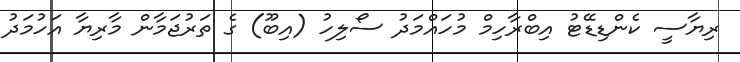
ރިޔާސީ ކެންޑިޑޭޓު އިބްރާހިމް މުހައްމަދު ސޯލިހު (އިބޫ) ގެ ތަރުޖަމާން މާރިޔާ އަހުމަދު